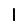
Digit: 1